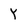
Character: y